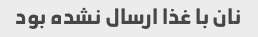
نان با غذا ارسال نشده بود